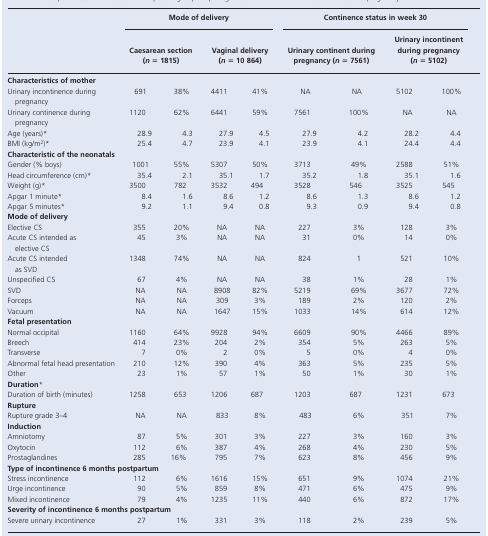
<table><thead><tr><td></td><td colspan="4"><b>Mode of delivery</b></td><td colspan="4"><b>Continence status in week 30</b></td></tr><tr><td></td><td colspan="2"><b>Caesarean section (<i>n</i>= 1815)</b></td><td colspan="2"><b>Vaginal delivery (<i>n</i>= 10 864)</b></td><td colspan="2"><b>Urinary continent during pregnancy (<i>n</i>= 7561)</b></td><td colspan="2"><b>Urinary incontinent during pregnancy (<i>n</i>= 5102)</b></td></tr></thead><tbody><tr><td colspan="9"><b>Characteristics of mother</b></td></tr><tr><td>Urinary incontinence during pregnancy</td><td>691</td><td>38%</td><td>4411</td><td>41%</td><td>NA</td><td>NA</td><td>5102</td><td>100%</td></tr><tr><td>Urinary continence during pregnancy</td><td>1120</td><td>62%</td><td>6441</td><td>59%</td><td>7561</td><td>100%</td><td>NA</td><td>NA</td></tr><tr><td>Age (years)*</td><td>28.9</td><td>4.3</td><td>27.9</td><td>4.5</td><td>27.9</td><td>4.2</td><td>28.2</td><td>4.4</td></tr><tr><td>BMI (kg/m<sup>2</sup>)*</td><td>25.4</td><td>4.7</td><td>23.9</td><td>4.1</td><td>23.9</td><td>4.1</td><td>24.4</td><td>4.4</td></tr><tr><td colspan="9"><b>Characteristic of the neonatals</b></td></tr><tr><td>Gender (% boys)</td><td>1001</td><td>55%</td><td>5307</td><td>50%</td><td>3713</td><td>49%</td><td>2588</td><td>51%</td></tr><tr><td>Head circumference (cm)*</td><td>35.4</td><td>2.1</td><td>35.1</td><td>1.7</td><td>35.2</td><td>1.8</td><td>35.1</td><td>1.6</td></tr><tr><td>Weight (g)*</td><td>3500</td><td>782</td><td>3532</td><td>494</td><td>3528</td><td>546</td><td>3525</td><td>545</td></tr><tr><td>Apgar 1 minute*</td><td>8.4</td><td>1.6</td><td>8.6</td><td>1.2</td><td>8.6</td><td>1.3</td><td>8.6</td><td>1.2</td></tr><tr><td>Apgar 5 minutes*</td><td>9.2</td><td>1.1</td><td>9.4</td><td>0.8</td><td>9.3</td><td>0.9</td><td>9.4</td><td>0.8</td></tr><tr><td colspan="9"><b>Mode of delivery</b></td></tr><tr><td>Elective CS</td><td>355</td><td>20%</td><td>NA</td><td>NA</td><td>227</td><td>3%</td><td>128</td><td>3%</td></tr><tr><td>Acute CS intended as elective CS</td><td>45</td><td>3%</td><td>NA</td><td>NA</td><td>31</td><td>0%</td><td>14</td><td>0%</td></tr><tr><td>Acute CS intended as SVD</td><td>1348</td><td>74%</td><td>NA</td><td>NA</td><td>824</td><td>1</td><td>521</td><td>10%</td></tr><tr><td>Unspecified CS</td><td>67</td><td>4%</td><td>NA</td><td>NA</td><td>38</td><td>1%</td><td>28</td><td>1%</td></tr><tr><td>SVD</td><td>NA</td><td>NA</td><td>8908</td><td>82%</td><td>5219</td><td>69%</td><td>3677</td><td>72%</td></tr><tr><td>Forceps</td><td>NA</td><td>NA</td><td>309</td><td>3%</td><td>189</td><td>2%</td><td>120</td><td>2%</td></tr><tr><td>Vacuum</td><td>NA</td><td>NA</td><td>1647</td><td>15%</td><td>1033</td><td>14%</td><td>614</td><td>12%</td></tr><tr><td colspan="9"><b>Fetal presentation</b></td></tr><tr><td>Normal occipital</td><td>1160</td><td>64%</td><td>9928</td><td>94%</td><td>6609</td><td>90%</td><td>4466</td><td>89%</td></tr><tr><td>Breech</td><td>414</td><td>23%</td><td>204</td><td>2%</td><td>354</td><td>5%</td><td>263</td><td>5%</td></tr><tr><td>Transverse</td><td>7</td><td>0%</td><td>2</td><td>0%</td><td>5</td><td>0%</td><td>4</td><td>0%</td></tr><tr><td>Abnormal fetal head presentation</td><td>210</td><td>12%</td><td>390</td><td>4%</td><td>363</td><td>5%</td><td>235</td><td>5%</td></tr><tr><td>Other</td><td>23</td><td>1%</td><td>57</td><td>1%</td><td>50</td><td>1%</td><td>30</td><td>1%</td></tr><tr><td colspan="9"><b>Duration</b>*</td></tr><tr><td>Duration of birth (minutes)</td><td>1258</td><td>653</td><td>1206</td><td>687</td><td>1203</td><td>687</td><td>1231</td><td>673</td></tr><tr><td colspan="9"><b>Rupture</b></td></tr><tr><td>Rupture grade 3–4</td><td>NA</td><td>NA</td><td>833</td><td>8%</td><td>483</td><td>6%</td><td>351</td><td>7%</td></tr><tr><td colspan="9"><b>Induction</b></td></tr><tr><td>Amniotomy</td><td>87</td><td>5%</td><td>301</td><td>3%</td><td>227</td><td>3%</td><td>160</td><td>3%</td></tr><tr><td>Oxytocin</td><td>112</td><td>6%</td><td>387</td><td>4%</td><td>268</td><td>4%</td><td>230</td><td>5%</td></tr><tr><td>Prostaglandines</td><td>285</td><td>16%</td><td>795</td><td>7%</td><td>623</td><td>8%</td><td>456</td><td>9%</td></tr><tr><td colspan="9"><b>Type of incontinence 6 months postpartum</b></td></tr><tr><td>Stress incontinence</td><td>112</td><td>6%</td><td>1616</td><td>15%</td><td>651</td><td>9%</td><td>1074</td><td>21%</td></tr><tr><td>Urge incontinence</td><td>90</td><td>5%</td><td>859</td><td>8%</td><td>471</td><td>6%</td><td>475</td><td>9%</td></tr><tr><td>Mixed incontinence</td><td>79</td><td>4%</td><td>1235</td><td>11%</td><td>440</td><td>6%</td><td>872</td><td>17%</td></tr><tr><td colspan="9"><b>Severity of incontinence 6 months postpartum</b></td></tr><tr><td>Severe urinary incontinence</td><td>27</td><td>1%</td><td>331</td><td>3%</td><td>118</td><td>2%</td><td>239</td><td>5%</td></tr></tbody></table>